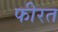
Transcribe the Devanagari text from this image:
फीरत